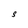
Character: S